Annual report of the Bengal Veterinary College, and of the Civil Veterinary Department, Bengal, for the year 1901-1902 - 1901-1902
Year: 1901
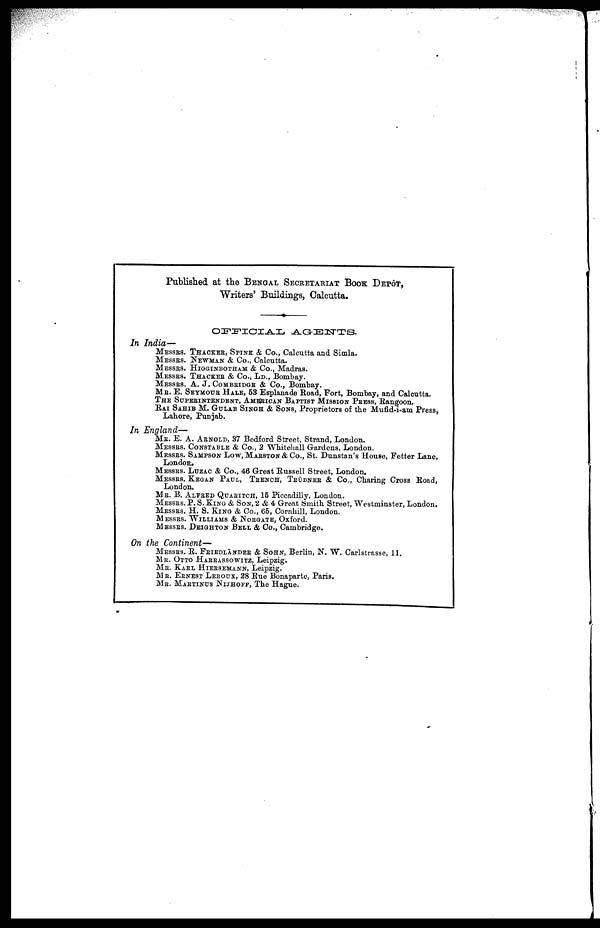
Published at the Bengal Secretariat Book Depot, Writers' Buildings, Calcutta.
OFFICIAL AGENTS.
In India—
MESSES. THACKER, Spine & Co., Calcutta and Simla.
MESSES. NEWMAN & Co., Calcutta.
MESSES. HIGGINBOTHAM & Co., Madras.
MESSES. THACKER & Co., Ld., Bombay.
MESSES. A. J. COMBRIDGE & Co., Bombay.
ME. E. SETMOTTE HALE, 53 Esplanade Road, Fort, Bombay, and Calcutta. The SUPERINTENDENT, AMERICAN BAPTI
In England—
ME. E. A. ABNOLD, 37 Bedford Street, Strand, London.
MESSES. CONSTABLE & Co., 2 Whitehall Gardens, London.
MESSES. SAMPSON LOW, MARSTON & Co., St. Dunstan's House, Fetter Lane,
LONDON. MESSES. LUZAC & Co., 46 Great Russell Street, London.
MESSES. KEGAN PAUL, Trench, Trübner & Co., Charing Cross Road,
LONDON. ME. B. ALFRED QUARITCH, 15 Piccadilly, London.
MESSES. P. S. KING & SON, 2 & 4 Great Smith Street, Westminster, London. MESSES. H. S. KING & Co., 65, Cornhill, Lo
MESSES. WILLIAMS & NORGATE,
OXFORD. MESSES. DEIGHTON BELL & Co., Cambridge.
On the Continent—
MESSES. R. FRIEDLÄNDER & SOHN, Berlin, N. W. Carlstrasse, 11.
ME. OTTO HARRASSOWITZ, Leipzig.
ME. KARL HIERSEMANN, Leipzig.
ME. ERNEST LEROUX, 28 Rue Bonaparte, Paris.
ME. MARTINUS NIJHOFF, The Hague.